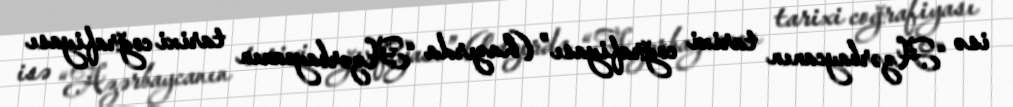
isə “Azərbaycanın tarixi coğrafiyası” (hazırda “Azərbaycanın tarixi coğrafiyası